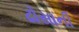
ઢોસાની